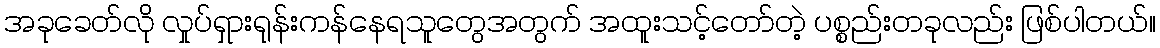
အခုခေတ်လို လှုပ်ရှားရုန်းကန်နေရသူတွေအတွက် အထူးသင့်တော်တဲ့ ပစ္စည်းတခုလည်း ဖြစ်ပါတယ်။